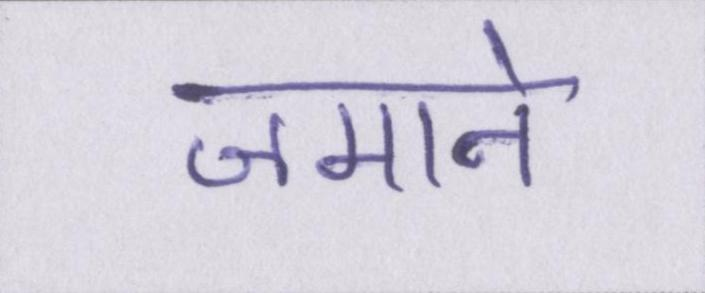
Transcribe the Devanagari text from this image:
जमाने